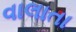
વાલાતા